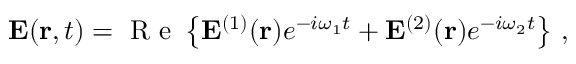
{ \bf E } ( { \bf r } , t ) = \mathrm { ~ R ~ e ~ } \left\{ { \bf E } ^ { ( 1 ) } ( { \bf r } ) e ^ { - i \omega _ { 1 } t } + { \bf E } ^ { ( 2 ) } ( { \bf r } ) e ^ { - i \omega _ { 2 } t } \right\} \, ,